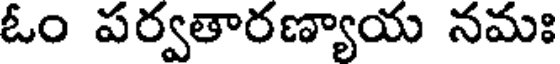
ఓం పర్వతారణ్యాయ నమః